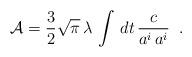
LaTeX: \begin{align*}{\cal A} = {3 \over 2} \sqrt{\pi}\,\lambda\,\int\,dt \, {c \over a^i\,a^i}\;\;.\end{align*}